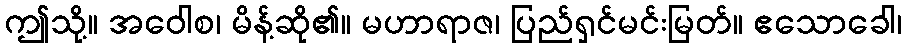
ဤသို့။ အဝေါစ၊ မိန့်ဆို၏။ မဟာရာဇ၊ ပြည်ရှင်မင်းမြတ်။ ဧသောခေါ၊